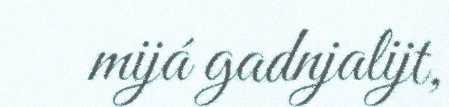
mijá gadnjalijt,